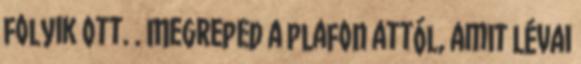
folyik ott. . Megreped a plafon attól, amit Lévai